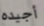
أجيده